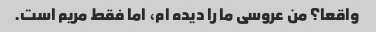
واقعا؟ من عروسی ما را دیده ام، اما فقط مریم است.